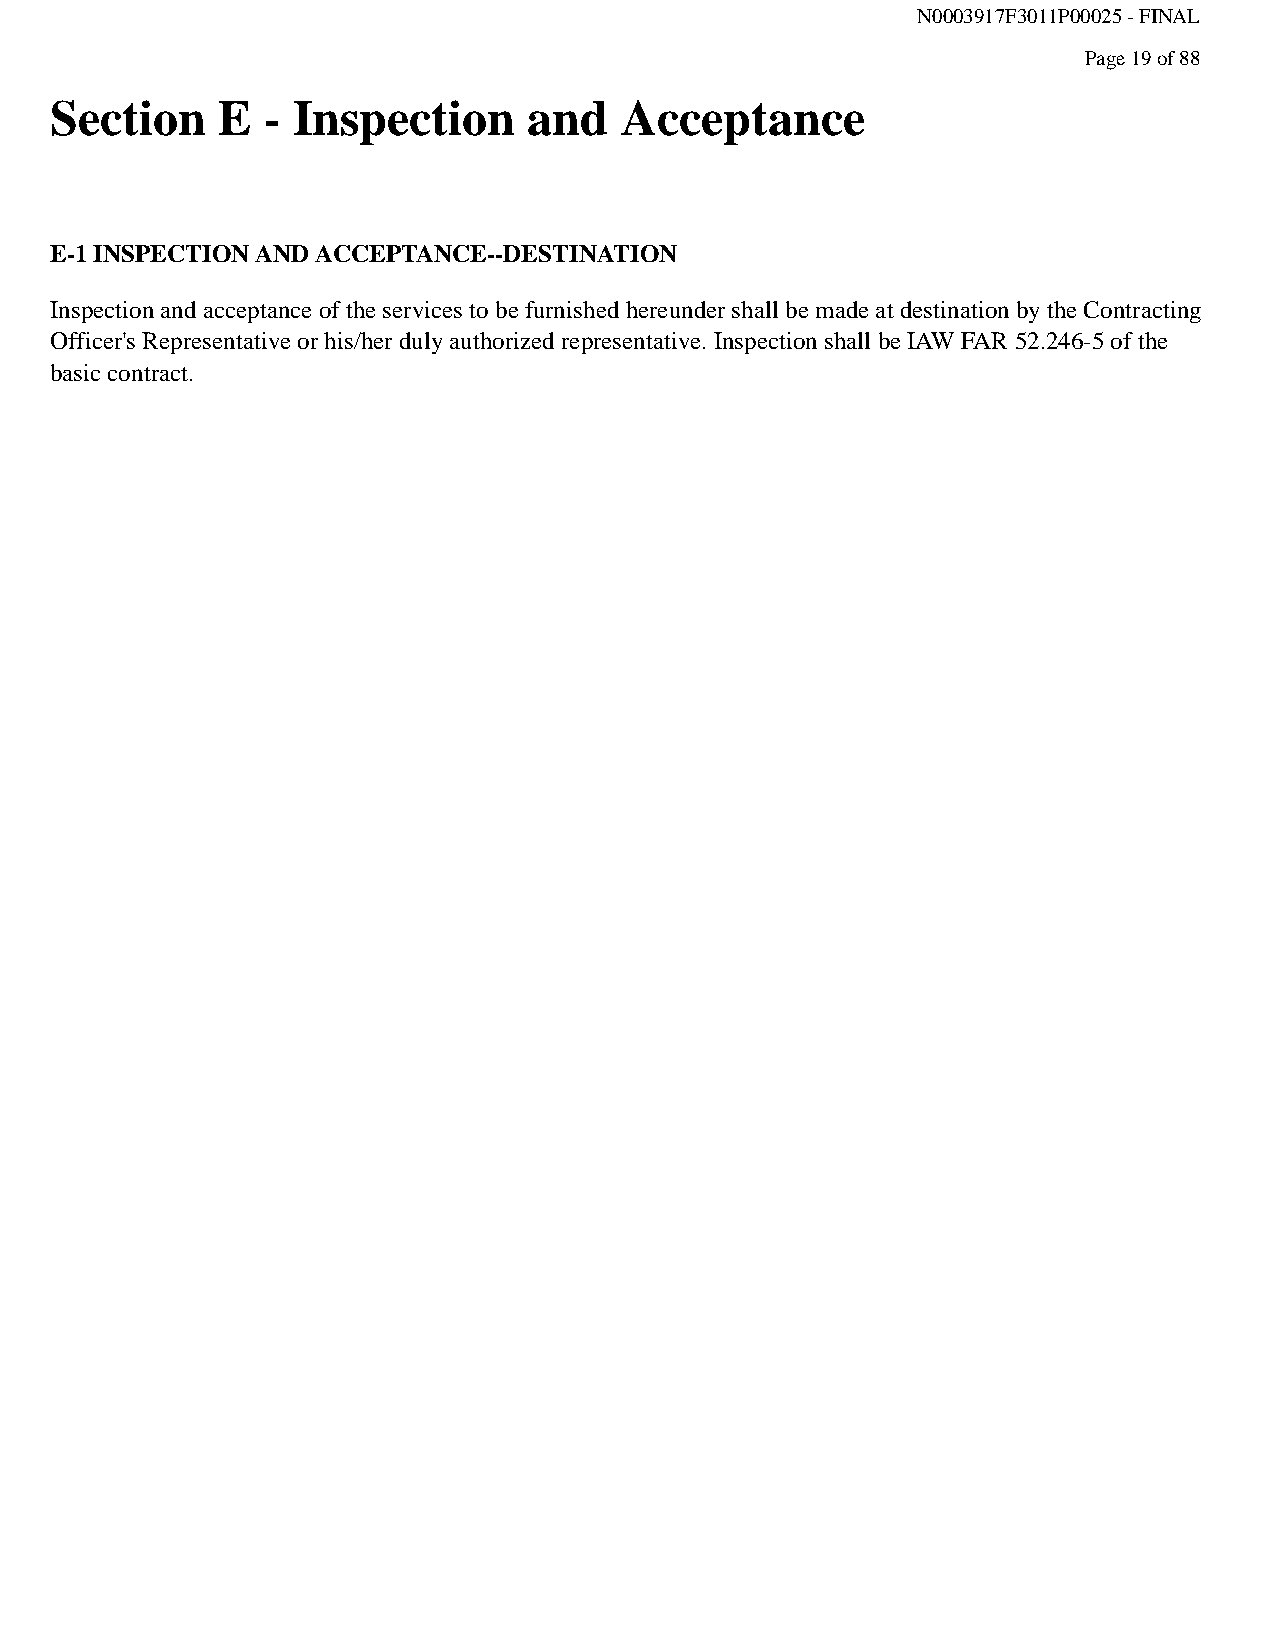
N0003917F3011P00025 - FINAL
 Page 19 of 88
 Section    E  - Inspection      and   Acceptance
 E-1 INSPECTION AND ACCEPTANCE--DESTINATION
 Inspection and acceptance of the services to be furnished hereunder shall be made at destination by the Contracting
 Officer's Representative or his/her duly authorized representative. Inspection shall be IAW FAR 52.246-5 of the
 basic contract.